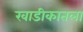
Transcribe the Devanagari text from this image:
खाडीकातला